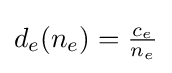
\textstyle d_{e}(n_{e})={\frac {c_{e}}{n_{e}}}